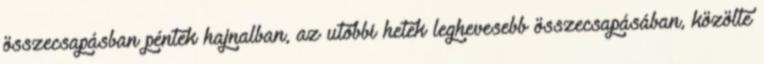
összecsapásban péntek hajnalban, az utóbbi hetek leghevesebb összecsapásában, közölte